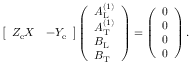
\begin{array} { r } { \left[ \begin{array} { l l } { Z _ { \mathrm { e } } X } & { - Y _ { \mathrm { e } } } \end{array} \right] \left( \begin{array} { l } { A _ { \mathrm { L } } ^ { ( 1 ) } } \\ { A _ { \mathrm { T } } ^ { ( 1 ) } } \\ { B _ { \mathrm { L } } } \\ { B _ { \mathrm { T } } } \end{array} \right) = \left( \begin{array} { l } { 0 } \\ { 0 } \\ { 0 } \\ { 0 } \end{array} \right) . } \end{array}